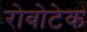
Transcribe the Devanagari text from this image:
रोबोटेक